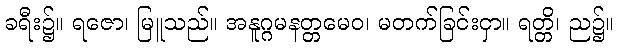
ခရီး၌။ ရဇော၊ မြူသည်။ အနူဂ္ဂမနတ္တမေဝ၊ မတက်ခြင်းငှာ။ ရတ္တိ၊ ည၌။